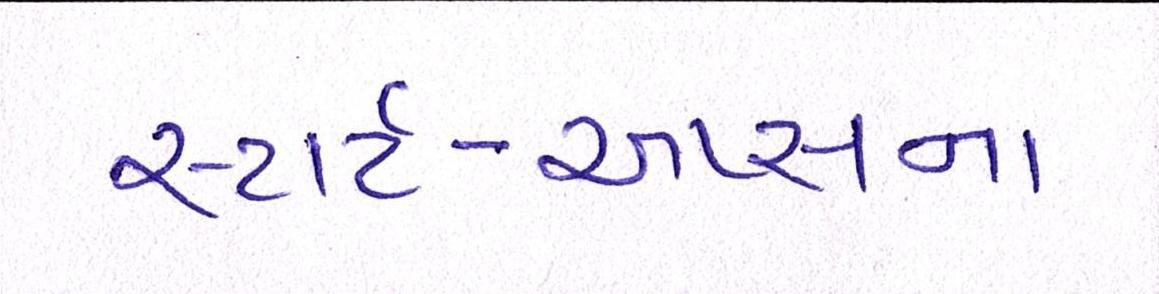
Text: સ્ટાર્ટ-અપ્સના